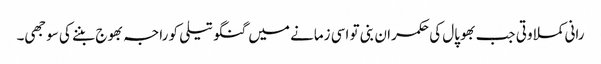
رانی کملا وتی جب بھوپال کی حکمران بنی تو اسی زمانے میں گنگو تیلی کو راجہ بھوج بننے کی سوجھی۔